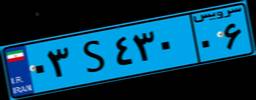
۴۷S۵۶۵۰۹